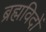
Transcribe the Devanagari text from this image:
ब्रह्मविदों